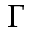
\Gamma